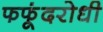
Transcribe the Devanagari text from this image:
फफूंदरोधी